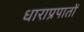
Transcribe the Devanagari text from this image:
धाराप्रपातों